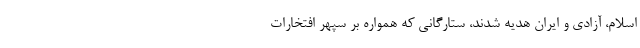
اسلام، آزادی و ایران هدیه شدند، ستارگانی که همواره بر سپهر افتخارات